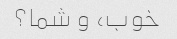
خوب، و شما؟